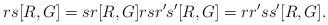
LaTeX: \begin{align*}rs[R,G]=sr[R,G]rsr's'[R,G]=rr'ss'[R,G].\end{align*}